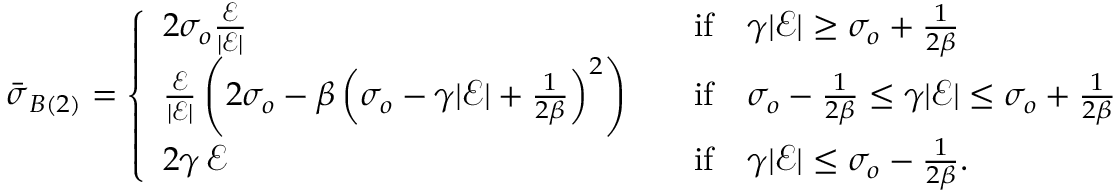
\begin{array} { r } { \bar { \boldsymbol { \sigma } } _ { B ( 2 ) } = \left\{ \begin{array} { l l } { 2 \sigma _ { o } \frac { \mathcal { E } } { | \mathcal { E } | } } & { \quad \mathrm { i f } \quad \gamma | \mathcal { E } | \ge \sigma _ { o } + \frac { 1 } { 2 \beta } } \\ { \frac { \mathcal { E } } { | \mathcal { E } | } \left( 2 \sigma _ { o } - \beta \left( \sigma _ { o } - \gamma | \mathcal { E } | + \frac { 1 } { 2 \beta } \right) ^ { 2 } \right) } & { \quad \mathrm { i f } \quad \sigma _ { o } - \frac { 1 } { 2 \beta } \le \gamma | \mathcal { E } | \le \sigma _ { o } + \frac { 1 } { 2 \beta } } \\ { 2 \gamma \, \mathcal { E } } & { \quad \mathrm { i f } \quad \gamma | \mathcal { E } | \le \sigma _ { o } - \frac { 1 } { 2 \beta } . } \end{array} \right. } \end{array}